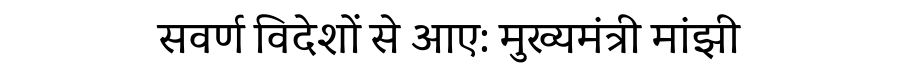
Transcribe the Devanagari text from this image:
सवर्ण विदेशों से आए: मुख्यमंत्री मांझी